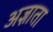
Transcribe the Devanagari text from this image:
अज्ञाता